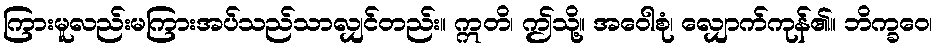
ကြားမူလည်းမကြားအပ်သည်သာလျှင်တည်း။ ဣတိ၊ ဤသို့။ အဝေါစုံ၊ လျှောက်ကုန်၏။ ဘိက္ခဝေ၊